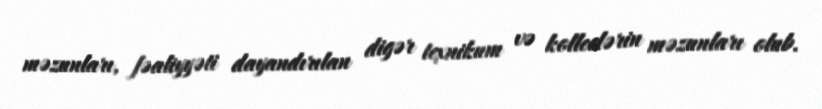
məzunları, fəaliyyəti dayandırılan digər texnikum və kolleclərin məzunları olub.